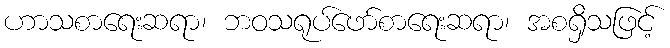
ဟာသစာရေးဆရာ၊ ဘဝသရုပ်ဖော်စာရေးဆရာ၊ အစရှိသဖြင့်